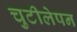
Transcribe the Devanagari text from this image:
चुटीलेपन